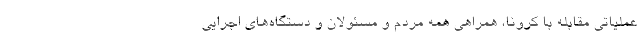
عملیاتی مقابله با کرونا، همراهی همه مردم و مسئولان و دستگاه‌های اجرایی